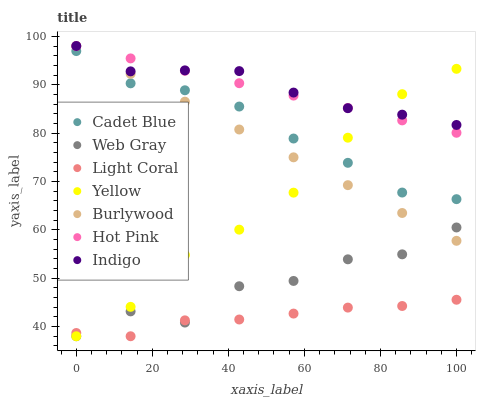
| xaxis_label | Cadet Blue | Web Gray | Light Coral | Yellow | Burlywood | Hot Pink | Indigo |
 | --- | --- | --- | --- | --- | --- | --- | --- |
 | 0 | 97 | 38 | 38.7 | 38 | 98 | 98 | 98 |
 | 14.3 | 90.3 | 43.1 | 38 | 44.1 | 92.2 | 95.4 | 92.8 |
 | 28.6 | 88.9 | 40.8 | 41.3 | 54.8 | 86.5 | 92.9 | 93 |
 | 42.9 | 85.5 | 48.3 | 41.5 | 60 | 80.7 | 90.3 | 92.8 |
 | 57.1 | 78.9 | 49.4 | 42.7 | 67.7 | 75 | 87.7 | 88.4 |
 | 71.4 | 73.9 | 53.9 | 43.9 | 79 | 69.2 | 85.2 | 85.2 |
 | 85.7 | 67.7 | 54.9 | 44.3 | 88 | 63.5 | 82.6 | 83.8 |
 | 100 | 66.3 | 60.5 | 45.5 | 93.3 | 57.7 | 80.1 | 81.7 |